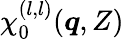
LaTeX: \chi_{0}^{(l,l)}(\boldsymbol{q},Z)